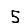
Digit: 5